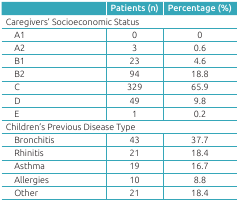
|  | Patients (n) | Percentage (%) |
 | --- | --- | --- |
 | <COLSPAN=3> Caregivers’ Socioeconomic Status |
 | A1 | 0 | 0 |
 | A2 | 3 | 0.6 |
 | B1 | 23 | 4.6 |
 | B2 | 94 | 18.8 |
 | C | 329 | 65.9 |
 | D | 49 | 9.8 |
 | E | 1 | 0.2 |
 | <COLSPAN=3> Children’s Previous Disease Type |
 | Bronchitis | 43 | 37.7 |
 | Rhinitis | 21 | 18.4 |
 | Asthma | 19 | 16.7 |
 | Allergies | 10 | 8.8 |
 | Other | 21 | 18.4 |